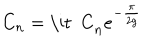
C _ { n } = \mathrm { \it ~ C } _ { n } e ^ { - { \frac { \pi } { 2 g } } }